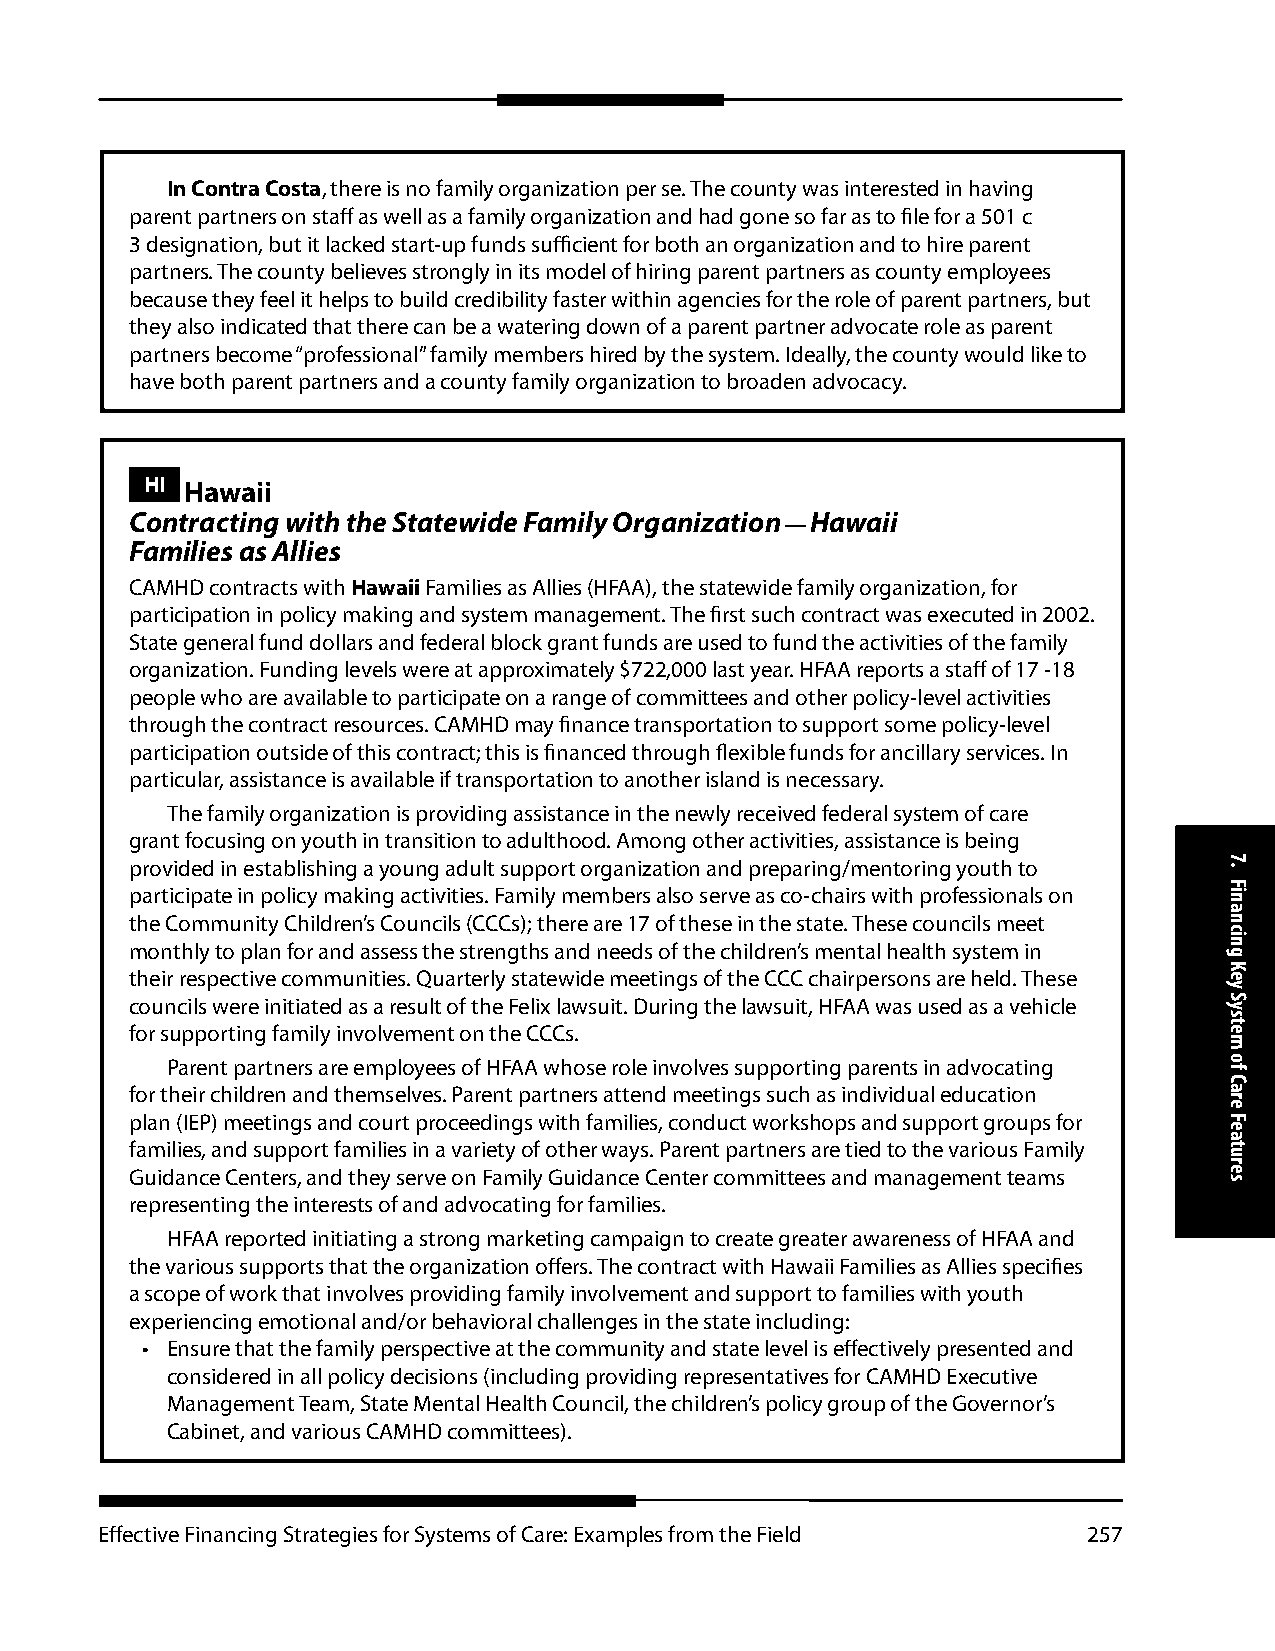
In Contra Costa, there is no family organization per se. The county was interested in having
 parent partners on staff as well as a family organization and had gone so far as to file for a 501 c
 3 designation, but it lacked start-up funds sufficient for both an organization and to hire parent
 partners. The county believes strongly in its model of hiring parent partners as county employees
 because they feel it helps to build credibility faster within agencies for the role of parent partners, but
 they also indicated that there can be a watering down of a parent partner advocate role as parent
 partners become “professional” family members hired by the system. Ideally, the county would like to
 have both parent partners and a county family organization to broaden advocacy.
 HI Hawaii
 Contracting with the Statewide Family Organization — Hawaii
 Families as Allies
 CAMHD contracts with Hawaii Families as Allies (HFAA), the statewide family organization, for
 participation in policy making and system management. The first such contract was executed in 2002.
 State general fund dollars and federal block grant funds are used to fund the activities of the family
 organization. Funding levels were at approximately $722,000 last year. HFAA reports a staff of 17 -18
 people who are available to participate on a range of committees and other policy-level activities
 through the contract resources. CAMHD may finance transportation to support some policy-level
 participation outside of this contract; this is financed through flexible funds for ancillary services. In
 particular, assistance is available if transportation to another island is necessary.
 The family organization is providing assistance in the newly received federal system of care
 grant focusing on youth in transition to adulthood. Among other activities, assistance is being
 provided in establishing a young adult support organization and preparing/mentoring youth to
 participate in policy making activities. Family members also serve as co-chairs with professionals on
 the Community Children’s Councils (CCCs); there are 17 of these in the state. These councils meet
 monthly to plan for and assess the strengths and needs of the children’s mental health system in
 their respective communities. Quarterly statewide meetings of the CCC chairpersons are held. These
 councils were initiated as a result of the Felix lawsuit. During the lawsuit, HFAA was used as a vehicle
 for supporting family involvement on the CCCs.
 Parent partners are employees of HFAA whose role involves supporting parents in advocating
 for their children and themselves. Parent partners attend meetings such as individual education
 plan (IEP) meetings and court proceedings with families, conduct workshops and support groups for
 families, and support families in a variety of other ways. Parent partners are tied to the various Family
 Guidance Centers, and they serve on Family Guidance Center committees and management teams
 representing the interests of and advocating for families.
 HFAA reported initiating a strong marketing campaign to create greater awareness of HFAA and
 the various supports that the organization offers. The contract with Hawaii Families as Allies specifies
 a scope of work that involves providing family involvement and support to families with youth
 experiencing emotional and/or behavioral challenges in the state including:
 • Ensure that the family perspective at the community and state level is effectively presented and
 considered in all policy decisions (including providing representatives for CAMHD Executive
 Management Team, State Mental Health Council, the children’s policy group of the Governor’s
 Cabinet, and various CAMHD committees).
 Effective Financing Strategies for Systems of Care: Examples from the Field 257
 7.
 Financing
 Key
 System
 of
 Care
 Features